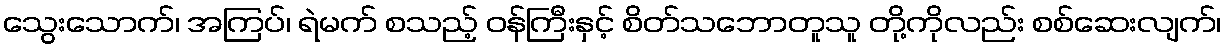
သွေးသောက်၊ အကြပ်၊ ရဲမက် စသည့် ဝန်ကြီးနှင့် စိတ်သဘောတူသူ တို့ကိုလည်း စစ်ဆေးလျက်၊